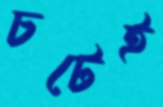
চটেই